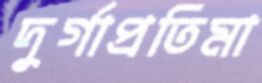
দুর্গাপ্রতিমা